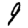
Digit: 9